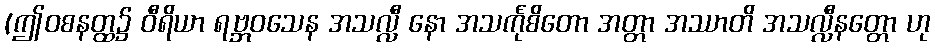
(ဤဝစနတ္ထ၌ ဝီရိယာ ရဗ္ဘဝသေန အသလ္လီ နော အသင်္ကုစိတော အတ္တာ အဿာတိ အသလ္လီနတ္တော ဟု